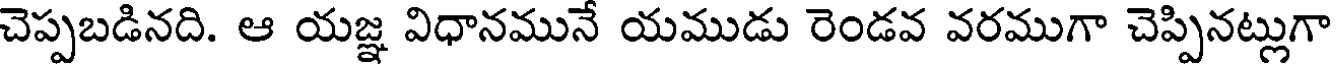
చెప్పబడినది. ఆ యజ్ఞ విధానమునే యముడు రెండవ వరముగా చెప్పినట్లుగా